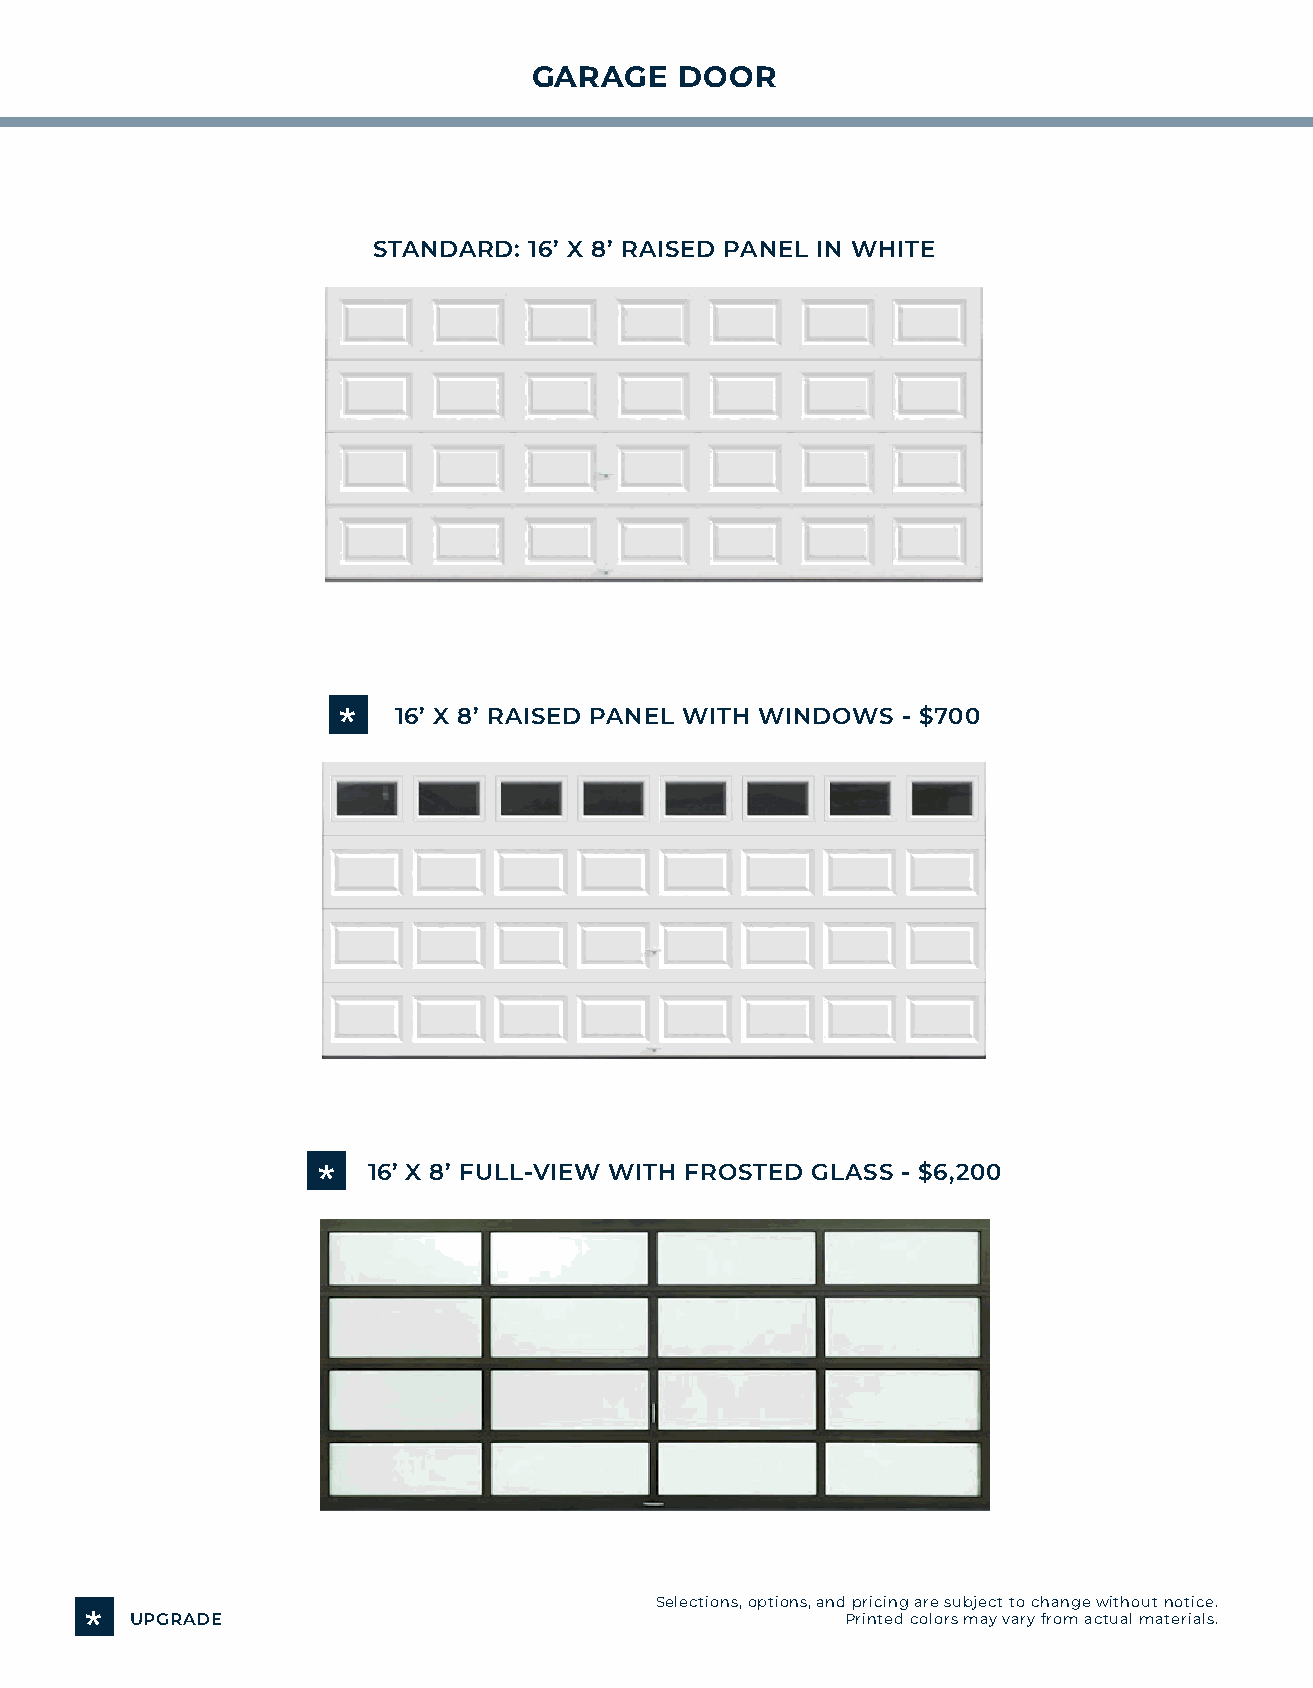
GARAGE    DOOR
 STANDARD: 16’ X 8’ RAISED PANEL IN WHITE
 *   16’ X 8’ RAISED PANEL WITH WINDOWS - $700
 *  16’ X 8’ FULL-VIEW WITH FROSTED GLASS - $6,200
 Selections, options, and pricing are subject to change without notice.
 *  UPGRADE                                        Printed colors may vary from actual materials.